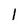
Character: l